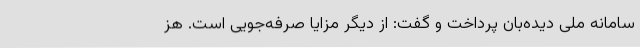
سامانه ملی دیده‌بان پرداخت و گفت: از دیگر مزایا صرفه‌جویی است. هز